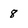
Character: 8